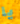
يا